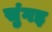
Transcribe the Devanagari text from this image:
सुंगइ